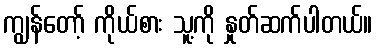
ကျွန်တော့် ကိုယ်စား သူ့ကို နှုတ်ဆက်ပါတယ်။